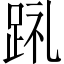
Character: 𲃤